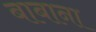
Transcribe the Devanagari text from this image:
बाबाना